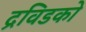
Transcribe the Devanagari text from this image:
द्रविडको